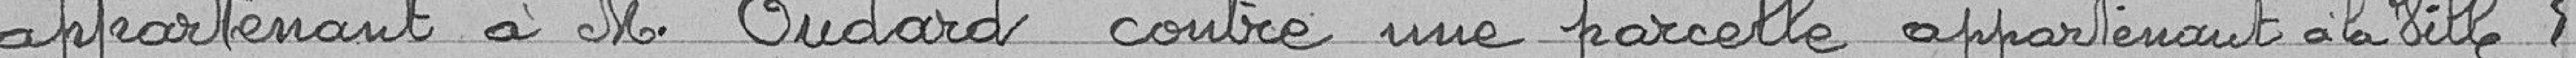
appartenant à Monsieur Oudard contre une parcelle appartenant à la ville